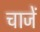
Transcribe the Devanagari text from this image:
चाजें